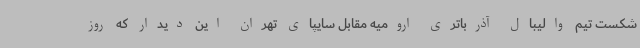
شکست تیم والیبال آذرباتری ارومیه مقابل سایپای تهران این دیدار که روز